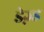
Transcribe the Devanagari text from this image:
डेज़्ड